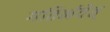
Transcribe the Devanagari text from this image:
गतिर्भवेत्